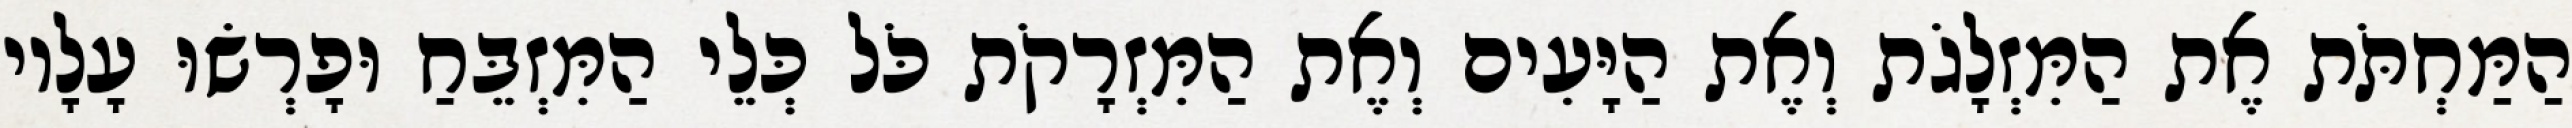
הַמַּחְתֹּת אֶת הַמִּזְלָגֹת וְאֶת הַיָּעִים וְאֶת הַמִּזְרָקֹת כֹּל כְּלֵי הַמִּזְבֵּחַ וּפָרְשׂוּ עָלָיו